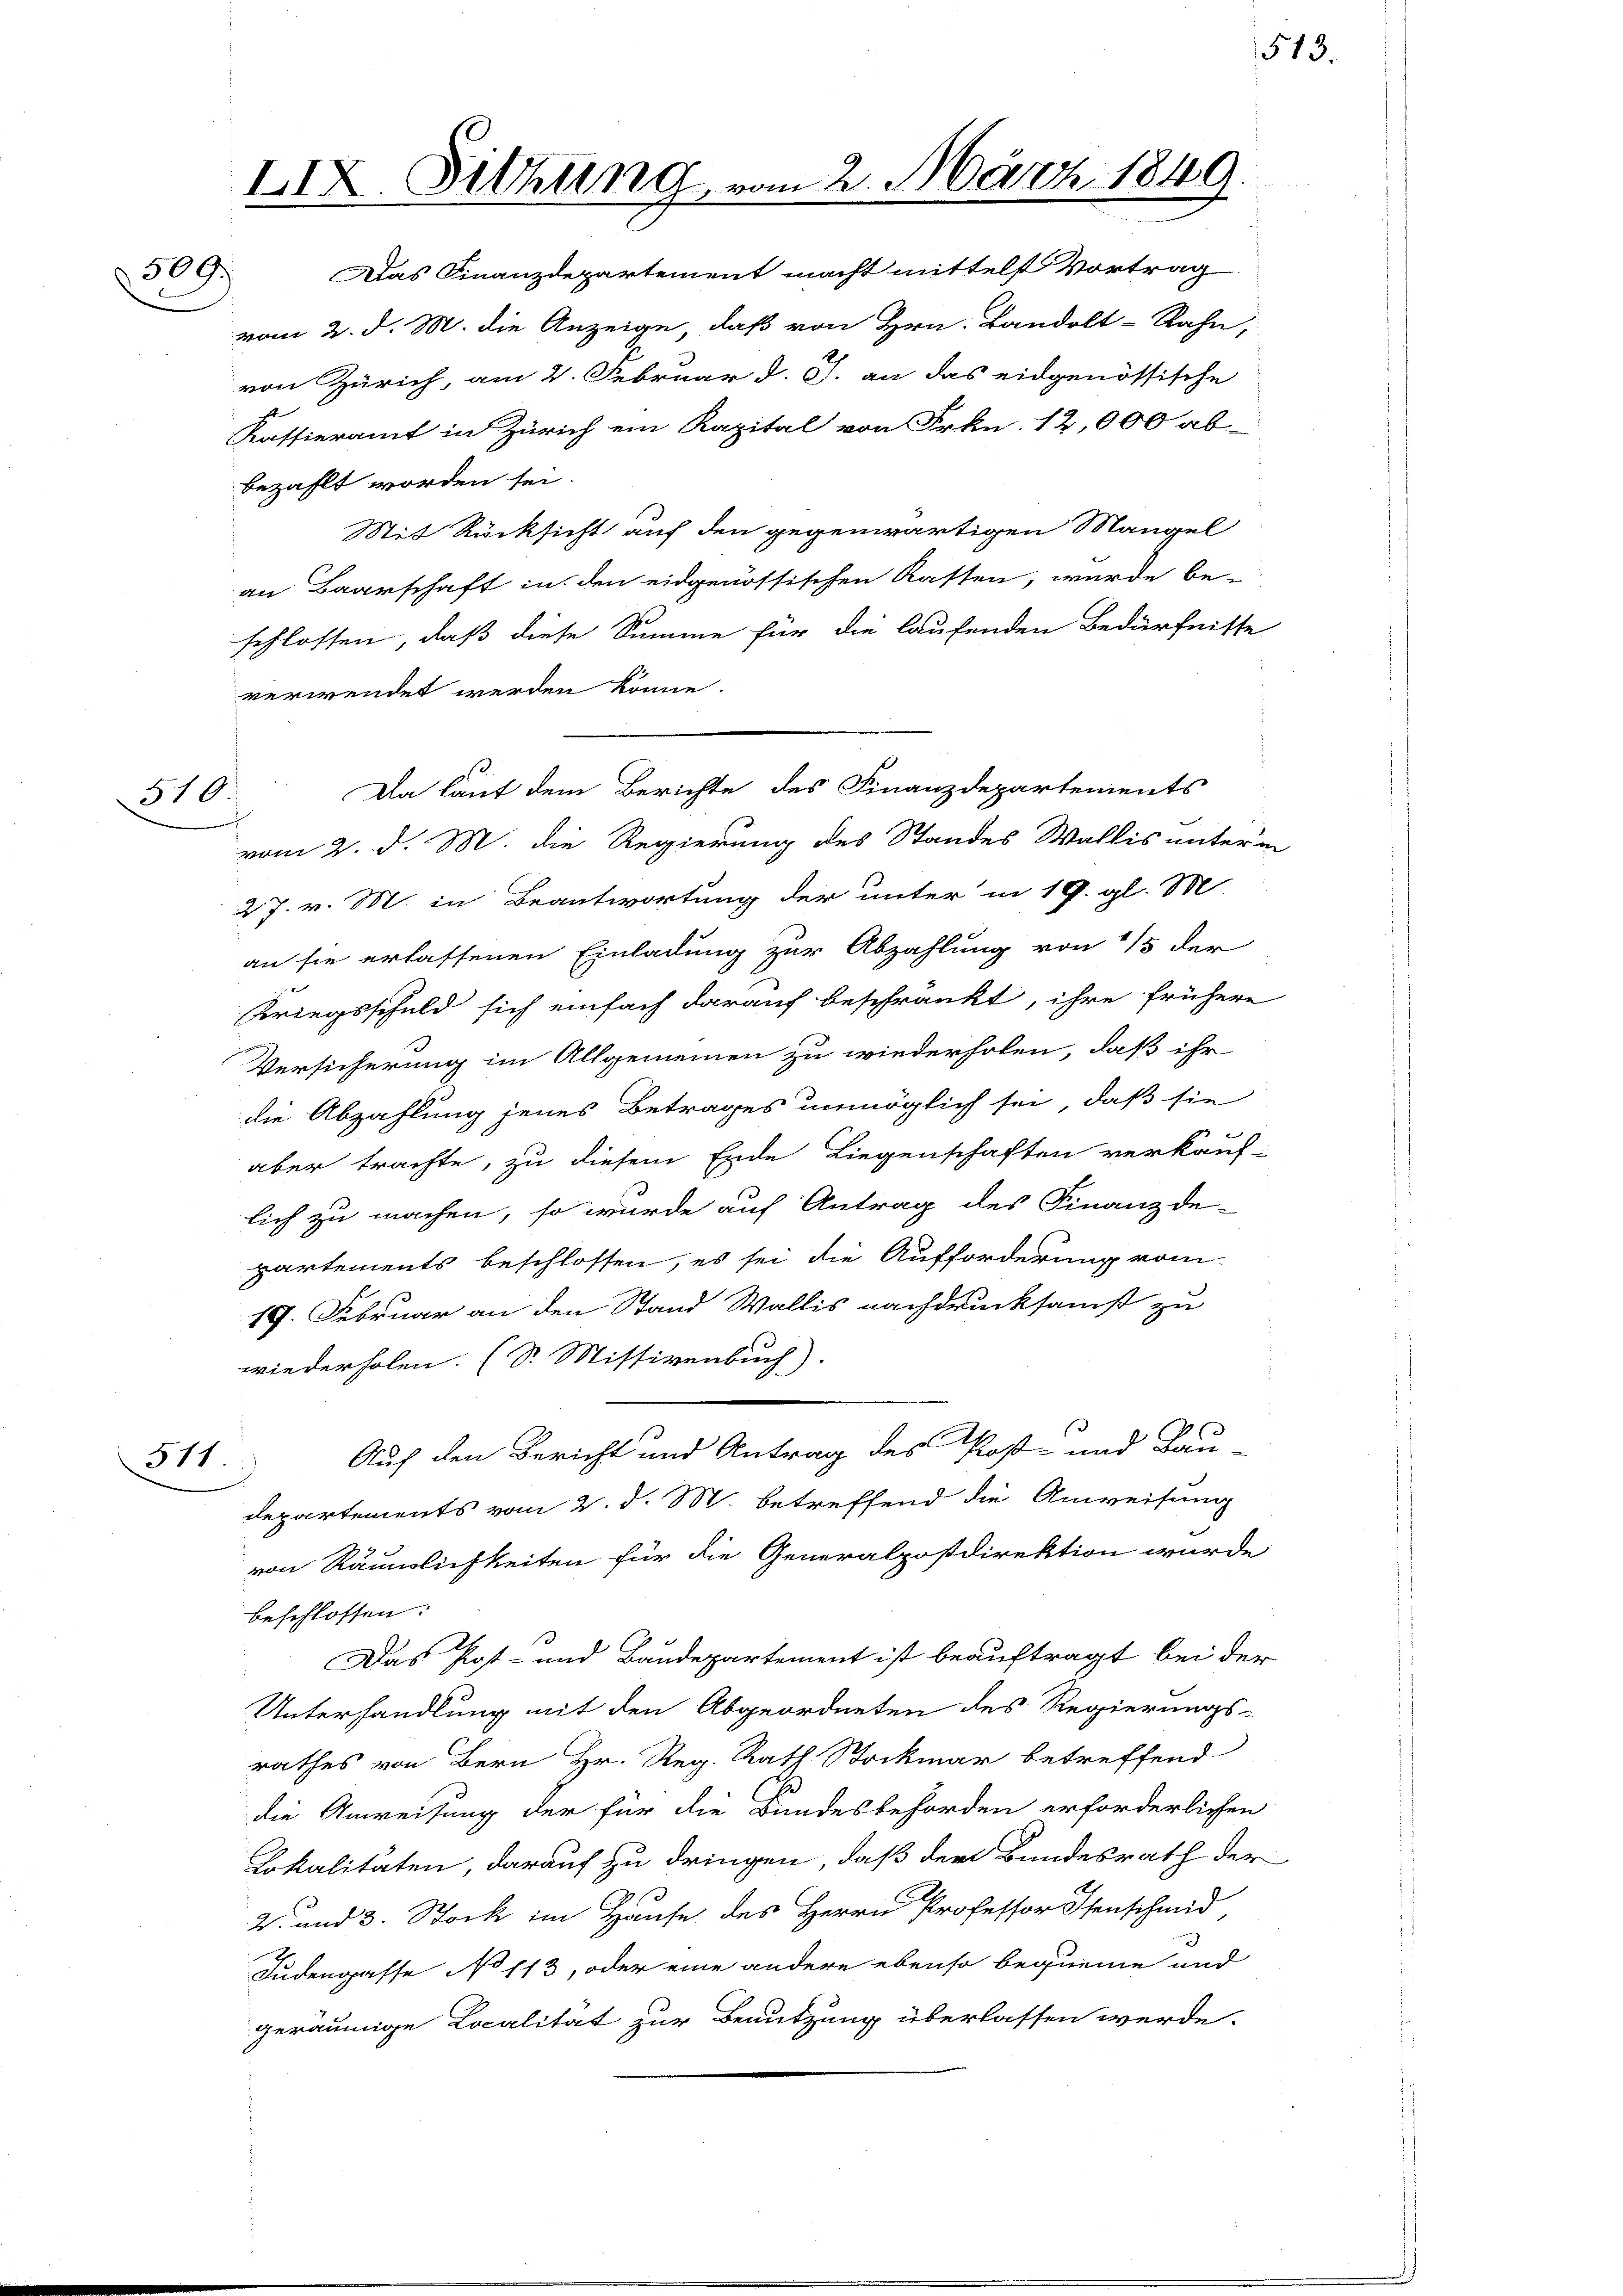
IIX. Sitzung vom 2. März 1849.
Das Finanzdepartement macht mittelst Vortrag
509
vom 2. d. M. die Anzeige, daß von Hrn. Bandolt-Rahn,

Da laut dem Berichte des Finanzdepartements
510

von Zürich, am 2. Februar d. 5. an das eidgenössische
Kassieramt in Zürich ein Kapital von Frkn. 12,000 ab-
bezahlt worden sei.
Mit Rücksicht auf den gegenwärtigen Mangel
an Baarschaft in den eidgenössischen Kasten, wurde be-
schlossen, daß diese Summe für die laufenden Bedürfnisse
verwendet werden könne.
vom 2. d. M. die Regierung des Standes Wallis untern
27. v. M. in Beantwortung der unter in 19. gl. M
an sie erlassenen Einladung zur Abzahlung von 15 der
Kriegsschuld sich einfach darauf beschränkt, ihre frühere
Versicherung im Allgemeinen zu wiederholen, daß ihr
die Abzahlung jenes Betrages unmöglich sei, daß sie
aber trachte, zu diesem Ende Liegenschaften verkauf-
lich zu machen, so wurde auf Antrag des Finanzde-
partements beschlossen, es sei die Aufforderung vom
19. Februar an den Stand Wallis nachdrucksamst zu
wiederholen. (S. Missivenbuch)
Auf den Bericht und Antrag des Post- und Bau-
511.
departements vom 2. d. M. betreffend die Anweisung
von Räumlichkeiten für die Generalpostdirektion wurde
beschlossen:
Das Post- und Baudepartement ist beauftragt bei der
Unterhandlung mit den Abgeordneten des Regierungs-
rathes von Bern Hr. Reg. Rath Stockmar betreffend
die Anweisung der für die Bundesbehörden erforderlichen
Lokalitäten, darauf zu dringen, daß der Bundesrath der
2. und 3. Stock im Hause des Herrn Professor Osenschmid
g
Judengasse No 113, oder eine andere ebenso bequeme und
geräumige Localität zur Benutzung überlassen werde.

s

513.